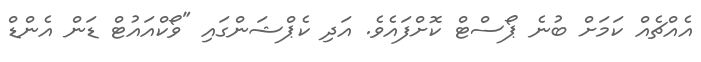
އެއްޗެއް ކަމަށް ބުނެ ޕޯސްޓް ކޮށްފައެވެ. އަދި ކެޕްޝަންގައި "ވޯކްއައުޓް ޑަން އެންޑް